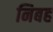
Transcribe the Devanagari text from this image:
निबह